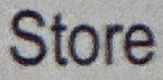
Store